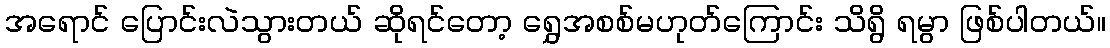
အရောင် ပြောင်းလဲသွားတယ် ဆိုရင်တော့ ရွှေအစစ်မဟုတ်ကြောင်း သိရွိ ရမွာ ဖြစ်ပါတယ်။